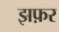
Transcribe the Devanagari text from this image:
झफ़र